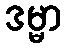
ဒမ္မာ